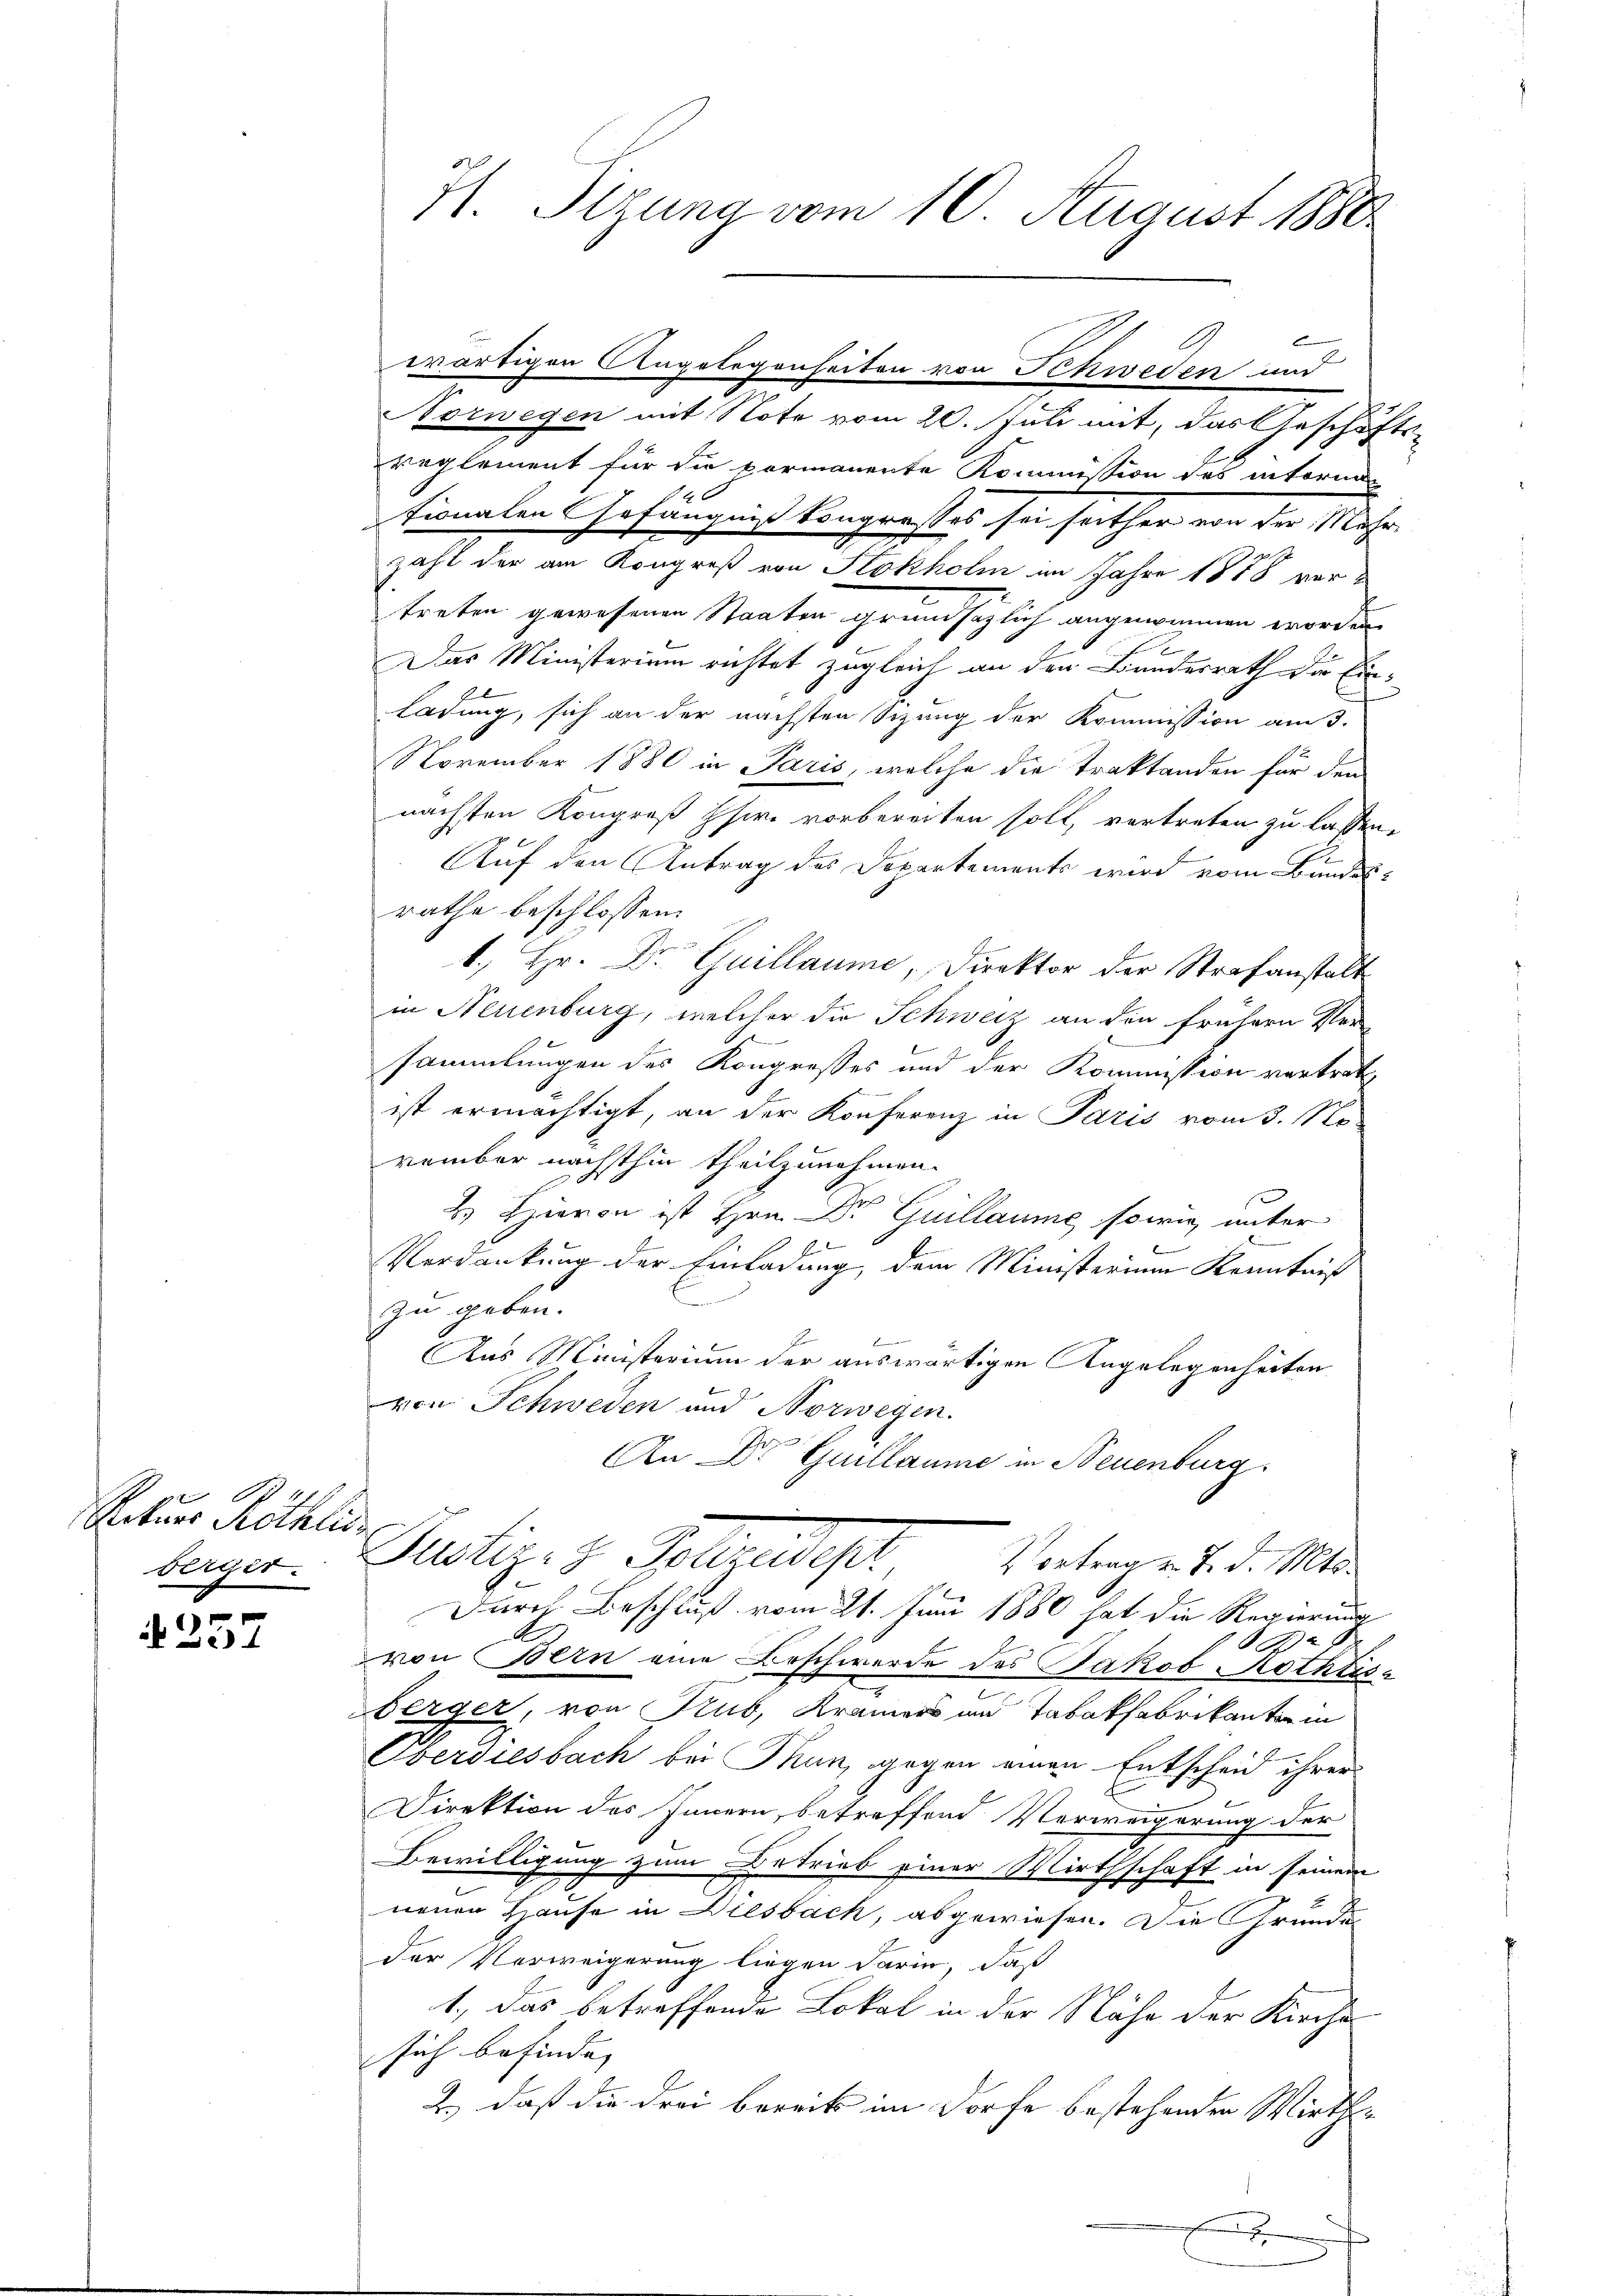
Ratuor Röthlis
beiget.

u
24

71. Sizung vom 10. August 1888.

Norwegen mit Note vom 20. Juli mit, das Geschäfts-
reglement für die vormanente Kommission des intorna

tionalen Gefängnißkongresses sei seither von der Mehrzahl der am Kongreß von Stokholm im Jahre 1888 ver¬
1.
treten gewesenen Staaten grundsätzlich angenommen worden.
x
Das Ministerium richtet zugleich an den Bundesrath der Ein¬
Ladung, sich an der nächsten Sizung der Kommission am 3.
November 1880 in Paris, welche die Traktanden für den
nächsten Kongreß ihre vorbereiten soll, vertreten zu lassen.
Auf den Antrag des Departements wird vom Bundesrathe beschlossen:
1. Hr. Dr Guillaume, Direktor der Strafanstalt
in Neuenburg, welcher die Schweiz an den frühern Ver-
sammlungen des Kongresses und der Kommission vertret
ist ermächtigt, an der Konferenz in Paris vom 3. No
vember nächsthin theilzunehmen.
2.) Hievon ist Hrn. Dr Guillaume sowie unter
s
Verdankung der Einladung, dem Ministerium Kenntniß
zu geben.
Brunnen
Aas Ministerium der auswärtigen Angelegenheiten
von Schweden und Norwegen.
An Dr Guillaume in Neuenburg
d
Pustiz- & Polizeiwese
Vortrag v. 7. d. Mts.
Durch Beschluß vom 21. Juni 1880 hat die Regierung
g
von Bern eine Beschwerde des Jakob Rothtisberger, von Rub, Krämers und Tabakfabrikantor in
Oberdiesbach bei Thun, gegen einen Entscheid ihrer
Direktion des Innern, betreffend Verweigerung der
Bewilligung zum Betrieb einer Wirthschaft in seinem
neuen Hause in Diesbach, abgewiesen. Die Grundes
der Verweigerung liegen darin, daß
1., das betreffende Lokal in der Nähe der Kirche
sich befinde,
2.) daß die drei bereits im Dorfe bestehenden Wirth¬

wärtigen Angelegenheiten von Schweden und